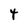
Character: 4